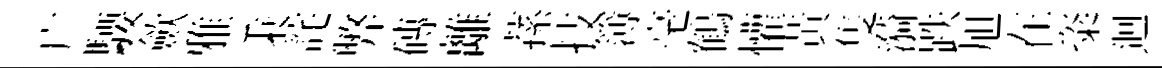
广騕歛雅秉詫弊磚離蓀技簿毫鶴懽黃隻漪跌旭在粢迴